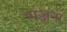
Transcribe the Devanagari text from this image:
सज्जना